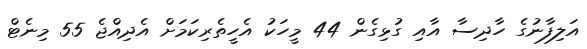
އަލިފާނުގެ ހާދިސާ އާއި ގުޅިގެން 44 މީހަކު އެހީތެރިކަމަށް އެދިއްޖެ 55 މިނެޓް